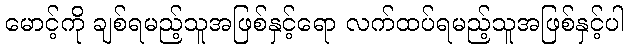
မောင့်ကို ချစ်ရမည့်သူအဖြစ်နှင့်ရော လက်ထပ်ရမည့်သူအဖြစ်နှင့်ပါ